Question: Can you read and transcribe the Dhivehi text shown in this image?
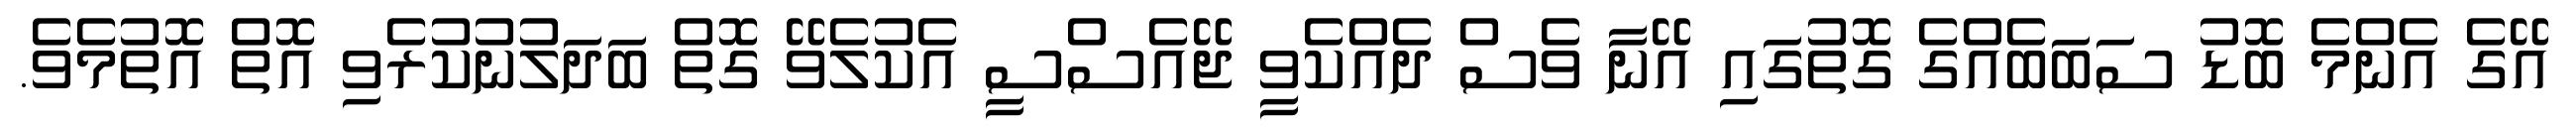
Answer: އޭގެ އެންމެ ބޮޑު ސަބަބެއްގެ ގޮތުގައި އޭނާ ވެސް ދެއްކެވީ ޖޭއެސްސީ އެކުލެވޭ ގޮތް ބަދަލުނުކުރެވި އޮތް އޮތުމެވެ.